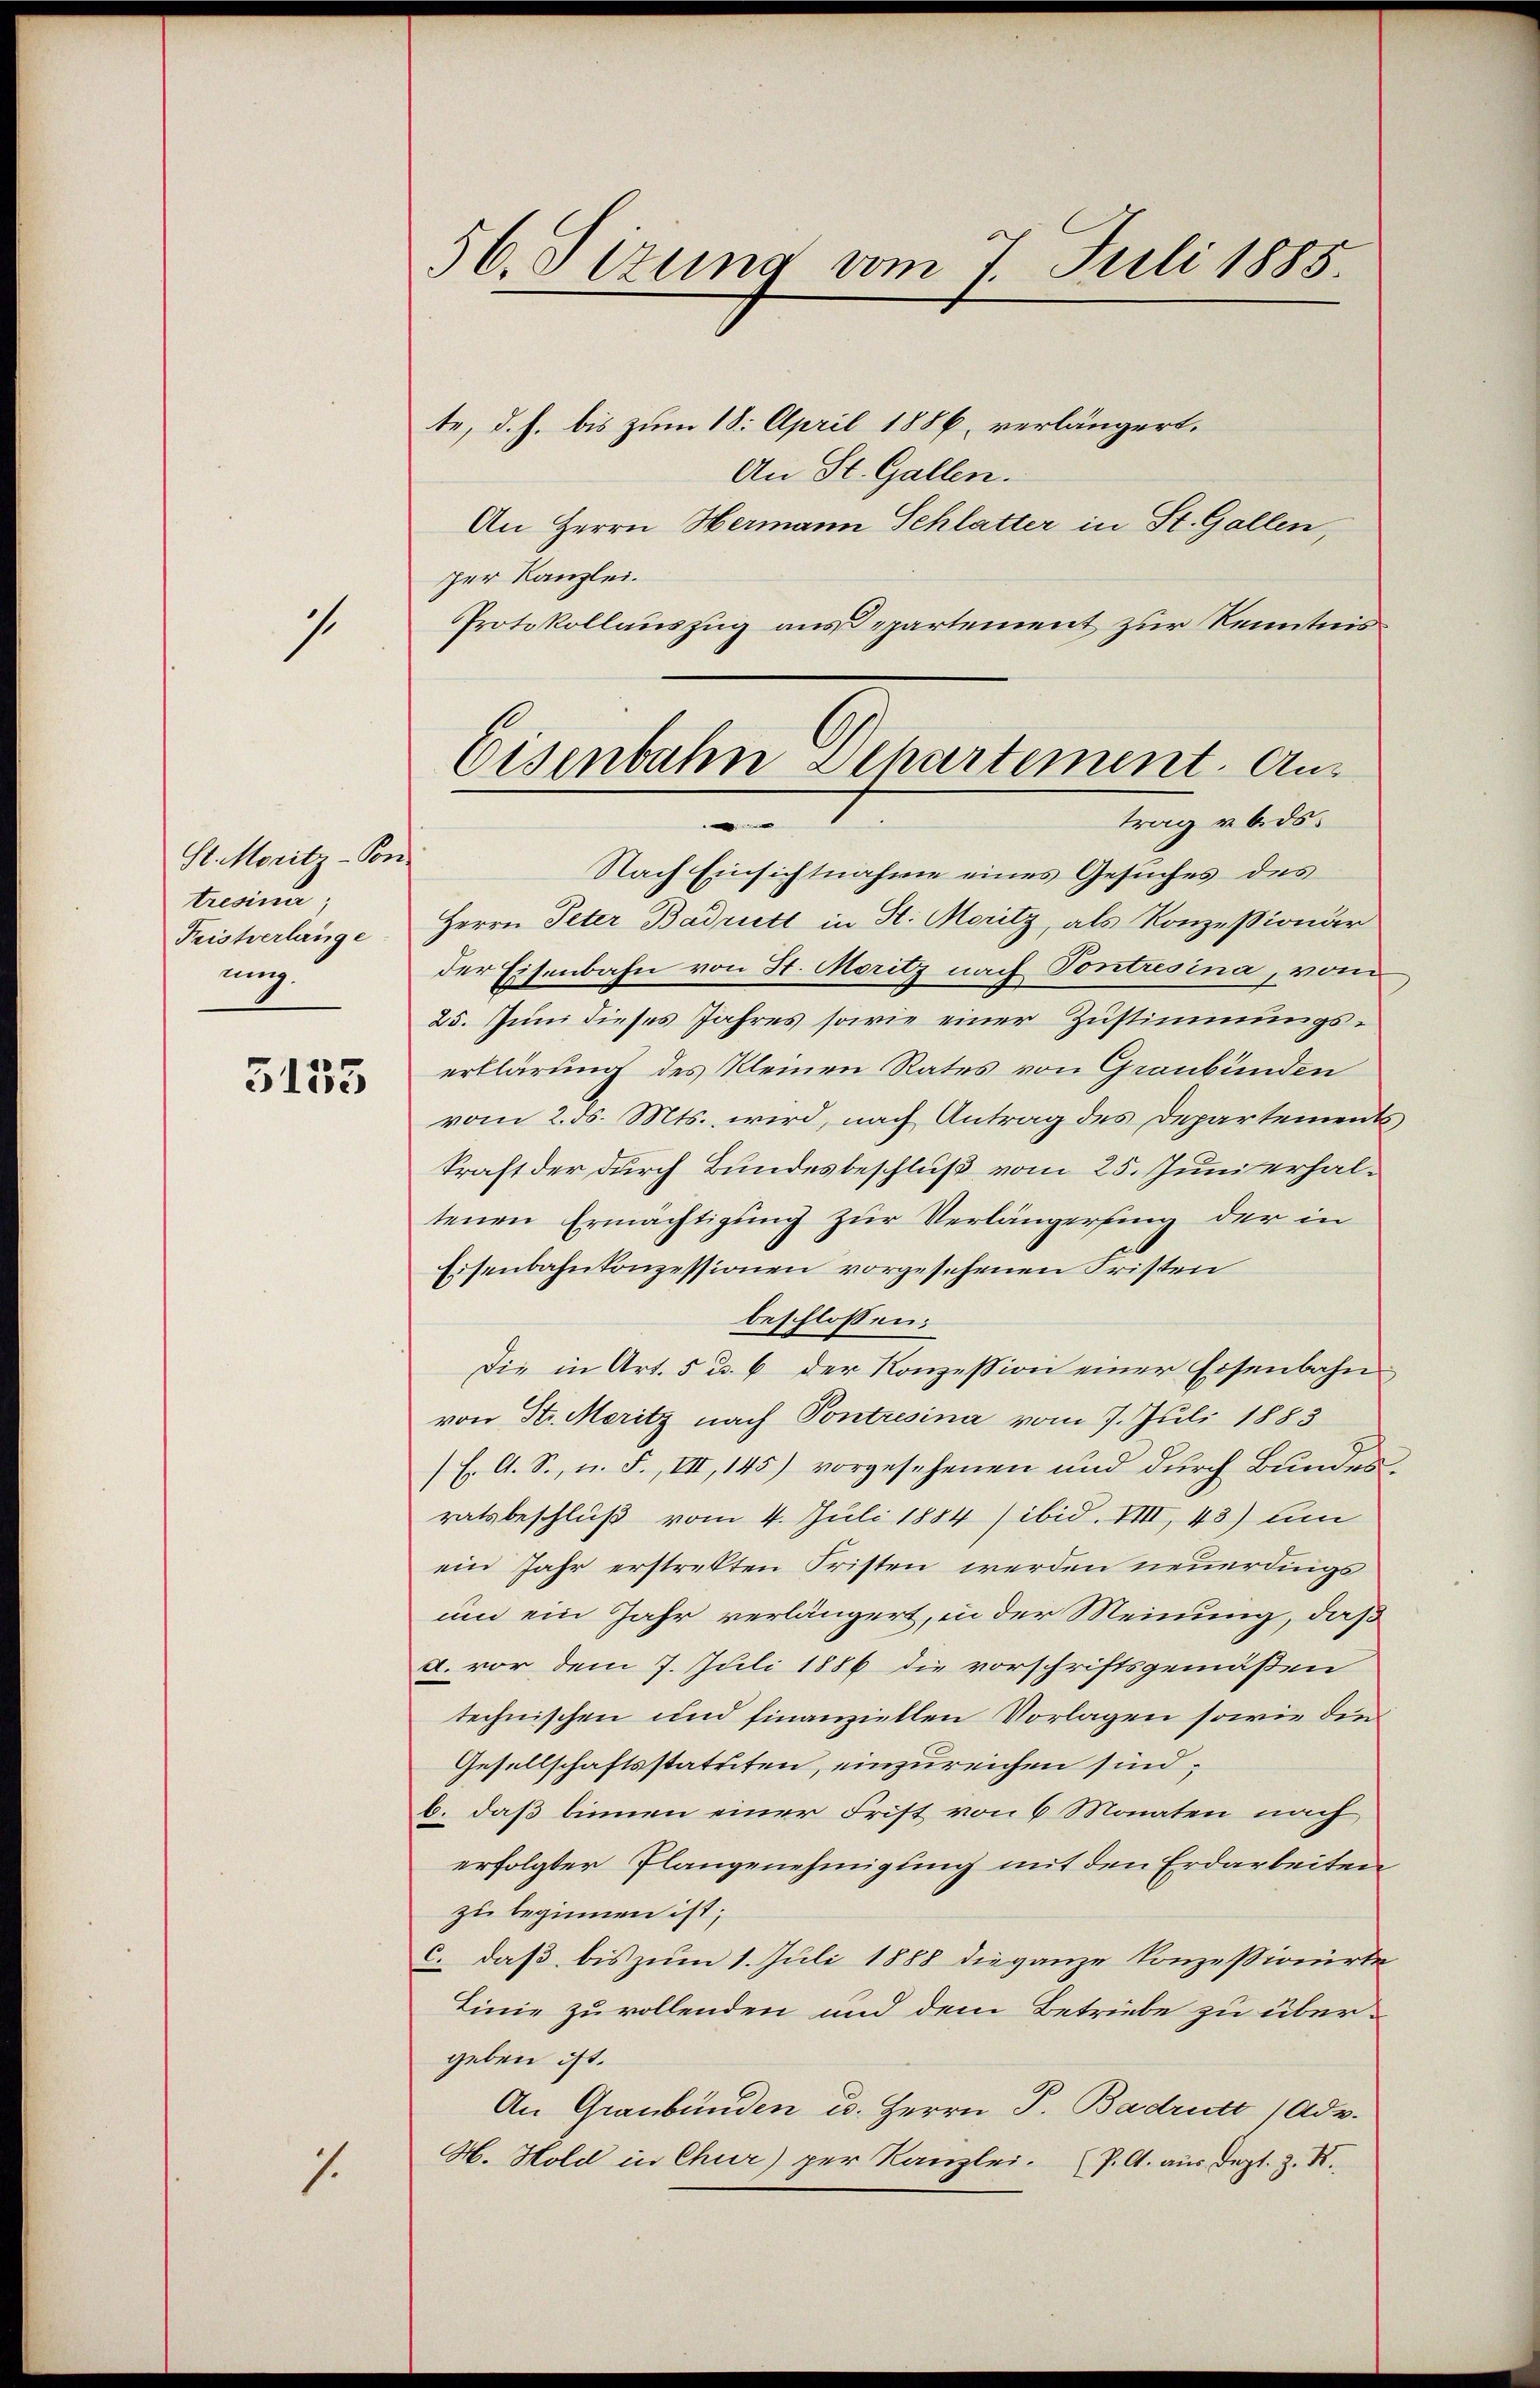
7

St. Moritz -Son-
tresinn
Fristverlange
ung.

3135

1.

56. Sizung vom 7 Juli 1888.

te, d. h. bis zum 18. April 1886, verlängert.
An St. Gallen.
An Herrn Hermann Schlatter in St. Gallen,
per Kanzlei.
PProtokollauszug aus Departement zur Kenntnis
Nach Einsichtnahme eines Gesuches des
Herrn Peter Badritt in St. Moritz, als Konzessionär
der Eisenbahn von St. Moritz nach Pontresina, vom
25. Juni dieses Jahres sowie einer Zustimmungserklärung des Kleinen Rates von Graubünden
vom 2. ds. Mts. wird, nach Antrag des Departements
kraft der durch Bundesbeschluß vom 25. Juni erhaltenen Ermächtigung zur Verlängerung der in
Eisenbahnkonzessionen vorgesehenen Fristen
beschlossen:
Die in Art. 5 u. 6 der Konzession einer Eisenbahnvon Str. Meritz nach Pontresina vom 7. Juli 1883
(E. A. S., n. F., VII, 145) vorgesehenen und durch Bundesratsbeschluß vom 4. Juli 1884 / ibid. VIII, 43) um
ein Jahr erstrekten Fristen werden neuerdings
um ein Jahr verlängert, in der Meinung, daß
A. vor dem 7. Juli 1886 die vorschriftsgemäßen
technischen und finanziellen Vorlagen sowie die
Gesellschaftsstatuten, einzureichen sind,
b. daß binnen einer Frist von 6 Monaten nach
erfolgter Plangenehmigung mit den Erdarbeiten
zu beginnen ist;
c. daß bis zum 1. Juli 1888 die ganze Konzessionirte
Linie zu vollenden und dem Betriebe zu übergeben ist.
An Graubünden u. Herrn P. Badrutt /Adv.
H. Hold in Chur) per Kanzlei. (P. A. aus Sept. Z. X.

Eisenbahn Departement. Antrag u. ds.